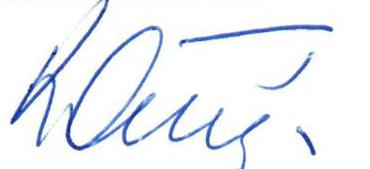
König.